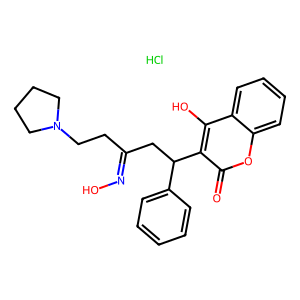
SMILES: Cl.O=c1oc2ccccc2c(O)c1C(CC(CCN1CCCC1)=NO)c1ccccc1
Inhibits HIV replication: No